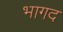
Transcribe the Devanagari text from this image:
भागद